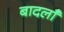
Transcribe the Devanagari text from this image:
बादलाँ